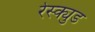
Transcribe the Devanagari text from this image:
रेस्क्युड